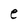
Character: e